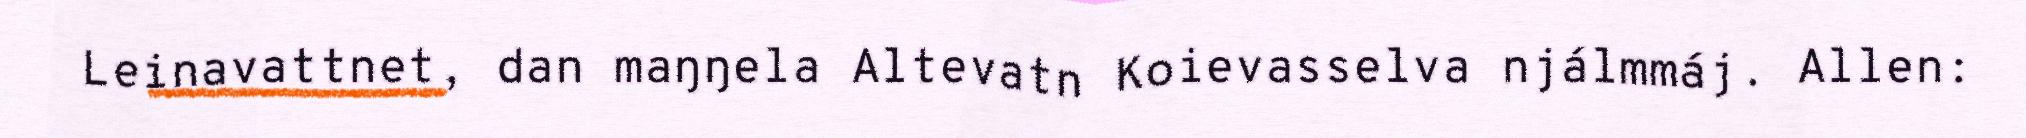
Leinavattnet, dan maŋŋela Altevatn Koievasselva njálmmáj. Allen: